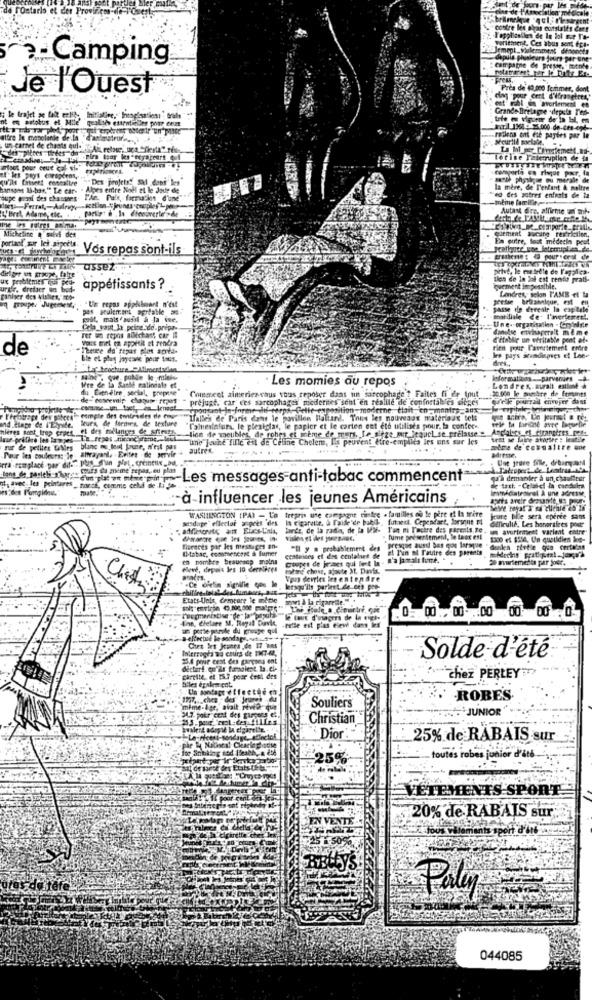
s constatés Core
t. Ces abus sent toi-
-Camping
Je l'Ouest
Pres de 40,000 Tommer, de
e trajet se fait
Grande Bre
outs Ter-
store Je mapolande de la
Pollens ont die payées par Ie
un carnet de chants qul-
Attes tirées din
torise Faterruption de th
atout pour crue cal si.
comporta en risque pour, la
"Des projets! SMI dans les
sante phyile se ou merale de
hansons 10-bar," Le car- . Alpes entre Noël et le Jode de
la mère, de L'enfant & moltre
ed des potres enfants de la
pupe praxi des chassers- T'An. Pule, farmatint d'une
-meme lamiEt
Autant dire, affirme un mi-
L'Bret, Adame, tic.
quemet aucune restriction,
portant sur les aipcets.
Micheline , silvi des
En outre, fout médecin peut
Vos repas sont-ils
assez
petve, le ene ledle de l'applica.
ux problemes qui pea-
ilos de la lol cat rendo prati-
urdr. dretser in bud
appétissants ?
wement in possible.
ganiser des viables, "co-
groupe: Jue
Un regns applilesart n'est
Londres, selon FAME el ta
pas seulement aprfable a.
passe de dereale In capitale
pat, mais aufdi à Ja we.
Une- organisation . Camininle
Inardiale de- I'nertemet !.
Cela_yaut la peine.do.prepa-
danulse etvinsaperelt mi me
rer wa repos allechast car
Citobile un otritable pent ate
de
rien pour l'avortement thire
les pays scunsdiemes et Lene
Les momies au repos
Pformations __ parvenues
More de in Sinbe nalindale et
du Einetre social, prepese
Cmegreet aimeriez-vous tous reposer dans un sarcophage ? Faites fi de tout
30.000 le ombre de femsmt!
Londres, muralt estione
de- cowemig chaque repas-
prejugt, car ces sarcophages moderites sont en realile de confortables sieges
qu'elle pourrail envoyer dans
"In-forme di terps. Gelte exposition moderne, tlait,co-montre aux
rape dex pibces
kur's, de formes, de texture
de Paris dans le pavillon Haltand. Tous les nouveaux materiaat tels
ele ta tarihine avre laqueDir
Ind.Etape de l'Elyste.
nieves sont trop erpet
et des melanges de sriets
"Talnestafurs, le plexiglas, le papier et le carten est eth utilisés pour, la confer-
lase préfère les lange
et des melanges de sfiets lien de meubles, de rohes et ème de murs, Ie_afge out_lequel se prelaue "
une Jeune fille est de Celine Chelem, Ils peuvent être-emplea ies uns sur les
Pour les couleurss leahtrayant. Eviter de servir +
Nies blanc mu lei jouer, n'est pas
autres.
meire de townaltre une
Pour les couleurs: le
Une jeune fille, drbiryani
cours du même sepas .. eu plus
Les messages-anti-tabac commencent
qu'à demander à un chauCerer
. march, comme cold de Lig
de tast; - Crlabel la condkula
immédiatrascal À une adresse.
à influencer les jeunes Américains
arts aveir dreundte, : P
wasduge" ellector a pres des
WASHINGTON [PAY - L'a trepris une campagne
Is cigarette, à l'aide'de babil futett. Cependant, lorsque #4
. familles og le père et la mire
deliculic. Les hanorifees poet
Joure bile sera eperce sans
lands, de la rada, de la Wir- T'en mi Tactre des parents, e . on avertement variant entre"
a avortement varlent entre
vision el iles yesek,
. fume présentement, le taux est
1300 et $554, Un quotidien ing-
Bisesets par kes mestuges an-
(Mabac, commencent a fumer
*Il y a probablement des
presque aussi bas que lorsque
el T'un al Pauire des parents
"denlen ttetle que certains
en nombre braunscp malna
groupes de jeunes qui Sont In -
centaines et des centaliet de
20 avartemetta par jour.
Pove, depois les 10 dernières
roland chose, ajoute 31, Davit.
Vous devriez les entendre
.Ce dielin signifie que le lersqu'ils parteet de ees poe-
Etats-unis, Cemeare Te mitle
owi a la cigarette
Enn, Chelare M. Royal Davie
0: 00, 00 .00 00 00 0
un potte porile du groupe qui
-telle est plus eleve dans les
Heliotue le sondage. "
IMerroghs na cours de 1947-62,
Cies let Jeunes de 17 was
5.4 pour cent des garçons ent
Solde d'été
dectart que le famoient la.el-
chez PERLEY *
CareIM, et IS? pour cest des
alles egalem cat.
Un sondage effecthd
· ROBES
me-de
vall
Souliers
des
Christian
Dior
25% de RABAIS sur
25%
toutes robes junior d'été .
VETEMENTS SPORT
20% de RABAIS sur
Paly
044085